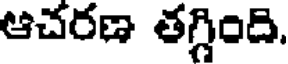
ఆచరణ తగ్గింది,